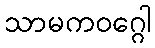
သာမကဝဂ္ဂေါ